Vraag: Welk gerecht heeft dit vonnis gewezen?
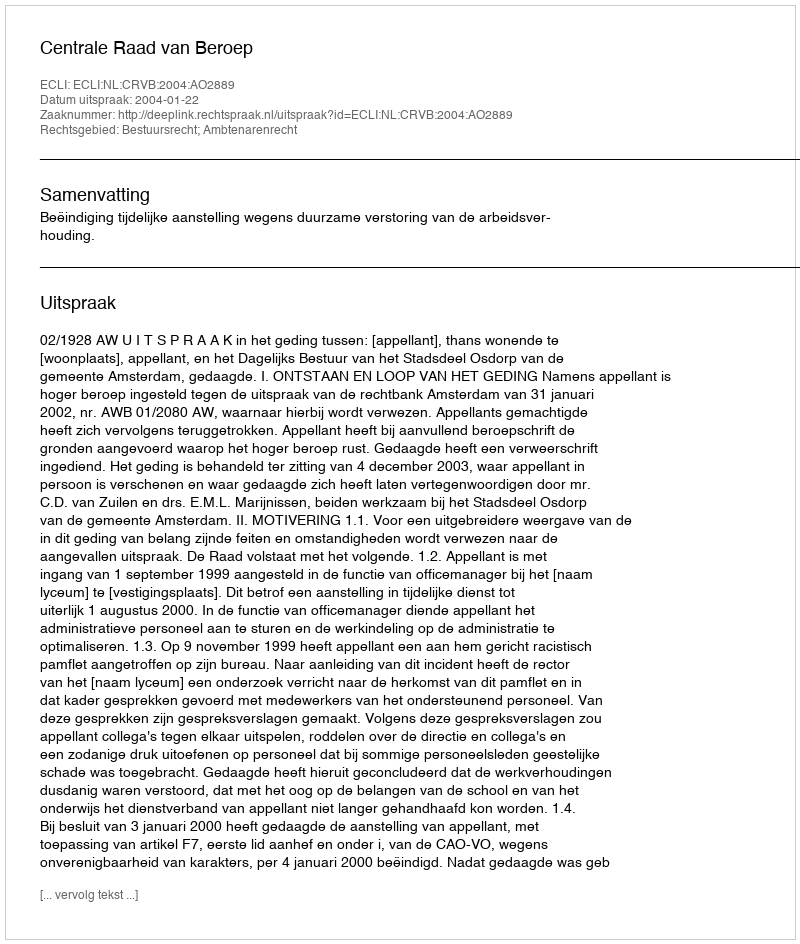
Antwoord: Centrale Raad van Beroep